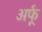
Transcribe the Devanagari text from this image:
अर्फू